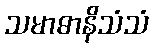
သမာဓာနိသံသံ